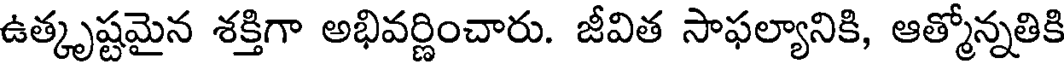
ఉత్కృష్టమైన శక్తిగా అభివర్ణించారు. జీవిత సాఫల్యానికి, ఆత్మోన్నతికి